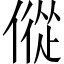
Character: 傱